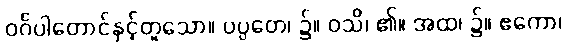
ဝင်္ဂပါတောင်နှင့်တူသော။ ပပ္ပတေ၊ ၌။ ဝသိ၊ ၏။ အထ၊ ၌။ ဧကော၊